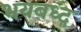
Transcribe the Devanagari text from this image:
भयबध्द